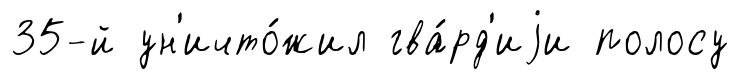
35-й ун'ичто́жил гва́рд'иjи полосу